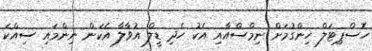
ހޮސްޕިޓަލް ހިންގުމަށް ނިމްސްއާއި އެކު ހެދި ޑީލް އުވާލާ އެކަން ނިންމައި ސިއްކަ